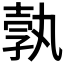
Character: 𭐓